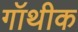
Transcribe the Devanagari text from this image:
गॉथीक